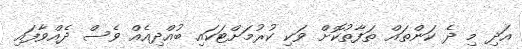
އަދި މި ދެ ކަންތައް ތަފާތުކޮށް ވަކި ކުރުމަށްޓަކައި ބުއްދިއެއް ވެސް ދެއްވާފައި